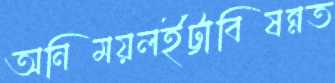
অনিময়লইট্টাবিষন্নত